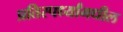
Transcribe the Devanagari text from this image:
प्रतिस्पर्ध्यांमधील